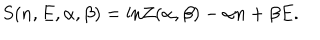
S ( n , E , \alpha , \beta ) = \mathrm { l n } Z ( \alpha , \beta ) - \alpha n + \beta E .